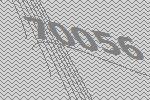
70056